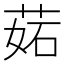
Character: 𦲼